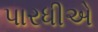
પારધીએ